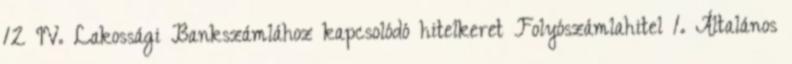
12 IV. Lakossági Bankszámlához kapcsolódó hitelkeret Folyószámlahitel 1. Általános